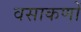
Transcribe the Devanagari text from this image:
वसाकणों